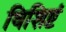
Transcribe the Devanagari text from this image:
विशिष्टं